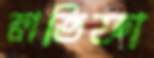
লতিফা